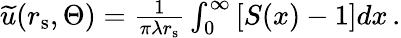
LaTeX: \begin{array}{r}{\widetilde{u}(r_{\mathrm{s}},\Theta)=\frac{1}{\pi\lambda{r}_{\mathrm{s}}}\int_{0}^{\infty}\left[S(x)-1\right]dx\, .}\end{array}